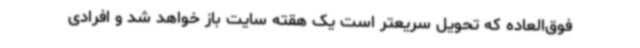
فوق‌العاده که تحویل سریعتر است یک هقته سایت باز خواهد شد و افرادی